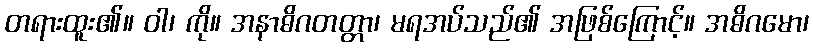
တရားထူး၏။ ဝါ၊ ကို။ အနာဓိဂတတ္တာ၊ မရအပ်သည်၏ အဖြစ်ကြောင့်။ အဓိဂမော၊